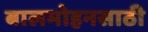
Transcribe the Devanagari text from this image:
बालमोहनसाठी